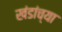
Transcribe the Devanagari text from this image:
खंडांच्‍या